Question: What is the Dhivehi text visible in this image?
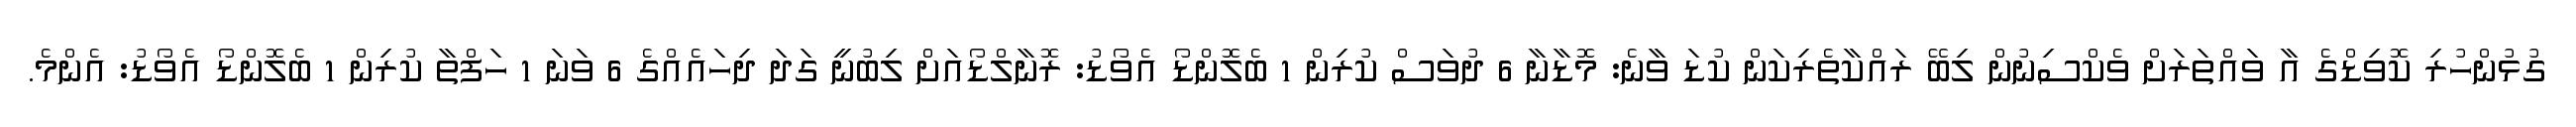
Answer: ގުޅުންހުރި ކޮވިޑްގެ އާ ވައްތަރަށް ވެކްސިނުން ލިބޭ ރައްކާތެރިކަން ކުޑަ ވާނެ: މޮޑާނާ 6 ދުވަސް ކުރިން 1 ބެލޮންޑޯ އެވޯޑު: ރޮނާލްޑޯއަށް ލިބުނީ ގަދަ ދިހައެއްގެ 6 ވަނަ 1 ހަފްތާ ކުރިން 1 ބެލޮންޑޯ އެވޯޑު: އެންމެ.